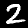
Digit: 2